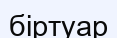
біртуар